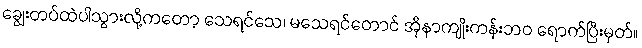
ချွေးတပ်ထဲပါသွားလို့ကတော့ သေရင်သေ၊ မသေရင်တောင် အိုနာကျိုးကန်းဘဝ ရောက်ပြီးမှတ်။